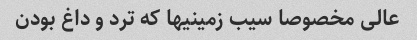
عالی مخصوصا سیب زمینیها که ترد و داغ بودن